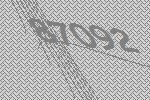
87092